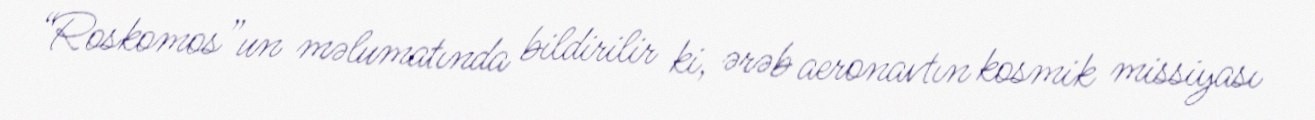
“Roskomos”un məlumatında bildirilir ki, ərəb aeronavtın kosmik missiyası